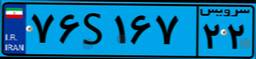
۴۷S۰۶۲۸۶